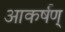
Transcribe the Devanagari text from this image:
आकर्षण्